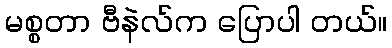
မစ္စတာ ဗီနဲလ်က ပြောပါ တယ်။